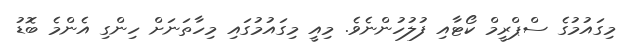
މިގައުމުގެ ސްޕްރީމް ކޯޓާއި ފުލުހުންނެވެ. މިއީ މިގައުމުގައި މިހާތަނަށް ހިންގި އެންމެ ބޮޑު